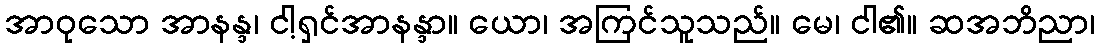
အာဝုသော အာနန္ဒ၊ ငါ့ရှင်အာနန္ဒာ။ ယော၊ အကြင်သူသည်။ မေ၊ ငါ၏။ ဆအဘိညာ၊